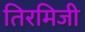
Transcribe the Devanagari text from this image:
तिरमिजी